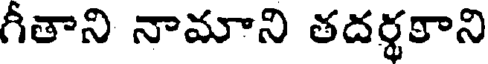
గీతాని నామాని తదర్థకాని